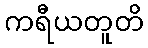
ကရီယတူတိ